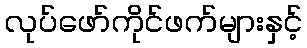
လုပ်ဖော်ကိုင်ဖက်များနှင့်